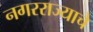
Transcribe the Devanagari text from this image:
नगरराज्याचे